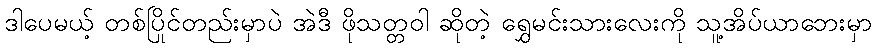
ဒါပေမယ့် တစ်ပြိုင်တည်းမှာပဲ အဲဒီ ဖိုသတ္တဝါ ဆိုတဲ့ ရွှေမင်းသားလေးကို သူ့အိပ်ယာဘေးမှာ